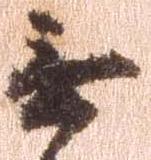
無